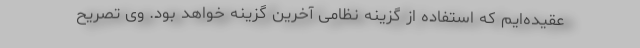
عقیده‌ایم که استفاده از گزینه نظامی آخرین گزینه خواهد بود. وی تصریح